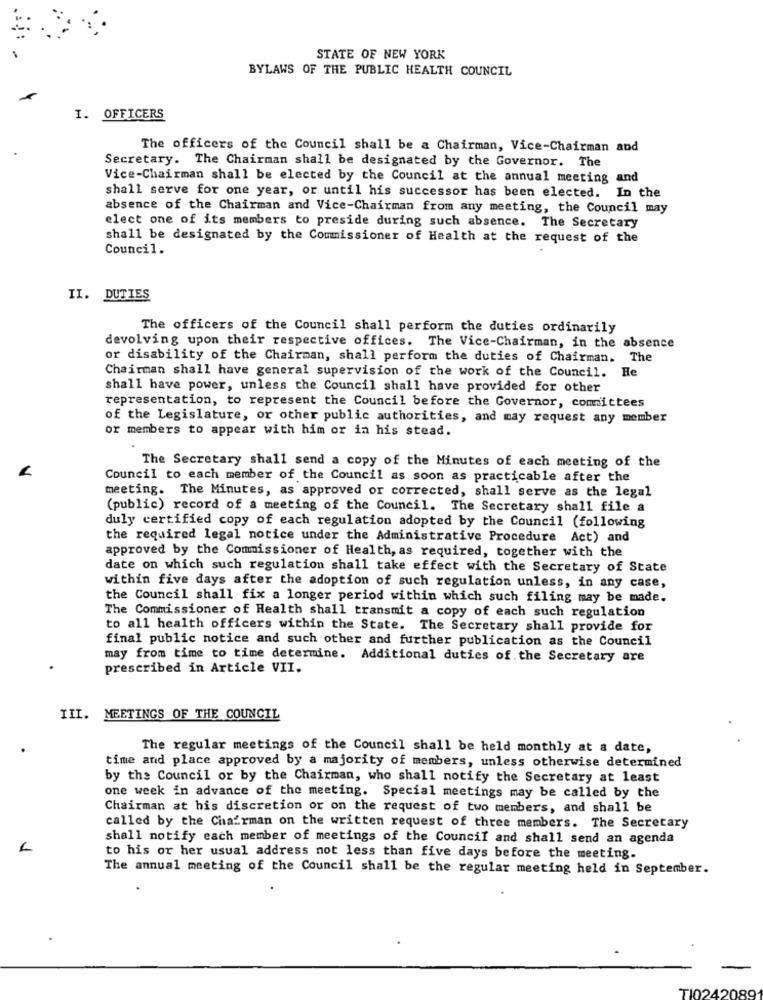
STATE OF NEW YORK
BYLAWS OF THE PUBLIC HEALTH COUNCIL
I. OFFICERS
The officers of the Council shall be a Chairman, Vice-Chairman and
Secretary. The Chairman shall be designated by the Governor. The
Vice-Chairman shall be elected by the Council at the annual meeting and
shall serve for one year, or until his successor has been elected. In the
absence of the Chairman and Vice-Chairman from any meeting, the Council may
elect one of its members to preside during such absence. The Secretary
shall be designated by the Commissioner of Health at the request of the
Council.
II. DUTIES
The officers of the Council shall perform the duties ordinarily
devolving upon their respective offices. The Vice-Chairman, in the absence
or disability of the Chairman, shall perform the duties of Chairman. The
Chairman shall have general supervision of the work of the Council. He
shall have power, unless the Council shall have provided for other
representation, to represent the Council before the Governor, committees
of the Legislature, or other public authorities, and may request any member
or members to appear with him or in his stead.
The Secretary shall send a copy of the Minutes of each meeting of the
Council to each member of the Council as soon as practicable after the
meeting. The Minutes, as approved or corrected, shall serve as the legal
(public) record of a meeting of the Council. The Secretary shall file a
duly certified copy of each regulation adopted by the Council (following
the required legal notice under the Administrative Procedure Act) and
approved by the Commissioner of Health, as required, together with the
date on which such regulation shall take effect with the Secretary of State
within five days after the adoption of such regulation unless, in any case,
the Council shall fix a longer period within which such filing may be made.
The Commissioner of Health shall transmit a copy of each such regulation
to all health officers within the State. The Secretary shall provide for
final public notice and such other and further publication as the Council
may from time to time determine. Additional duties of the Secretary are
prescribed in Article VII.
III. MEETINGS OF THE COUNCIL
The regular meetings of the Council shall be held monthly at a date,
time and place approved by a majority of members, unless otherwise determined
by the Council or by the Chairman, who shall notify the Secretary at least
one week in advance of the meeting. Special meetings may be called by the
Chairman at his discretion or on the request of two members, and shall be
called by the Chairman on the written request of three members. The Secretary
shall notify each member of meetings of the Council and shall send an agenda
to his or her usual address not less than five days before the meeting.
The annual meeting of the Council shall be the regular meeting held in September.
189.